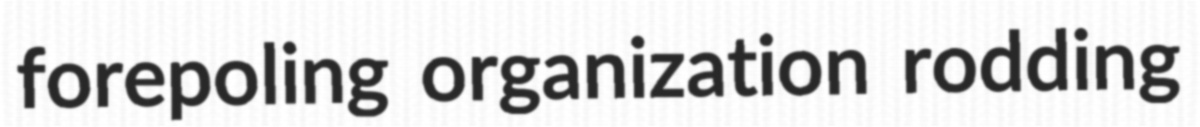
forepoling organization rodding